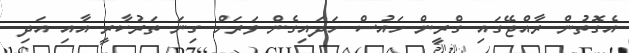
އެގޮތުން ރާއްޖޭގައި ގްރީން ހައުސް ހަދައިގެން ވަރަށް ގިނަ ތަރުކާރީ އާއި އަދި